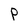
Character: P